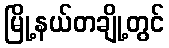
မြို့နယ်တချို့တွင်